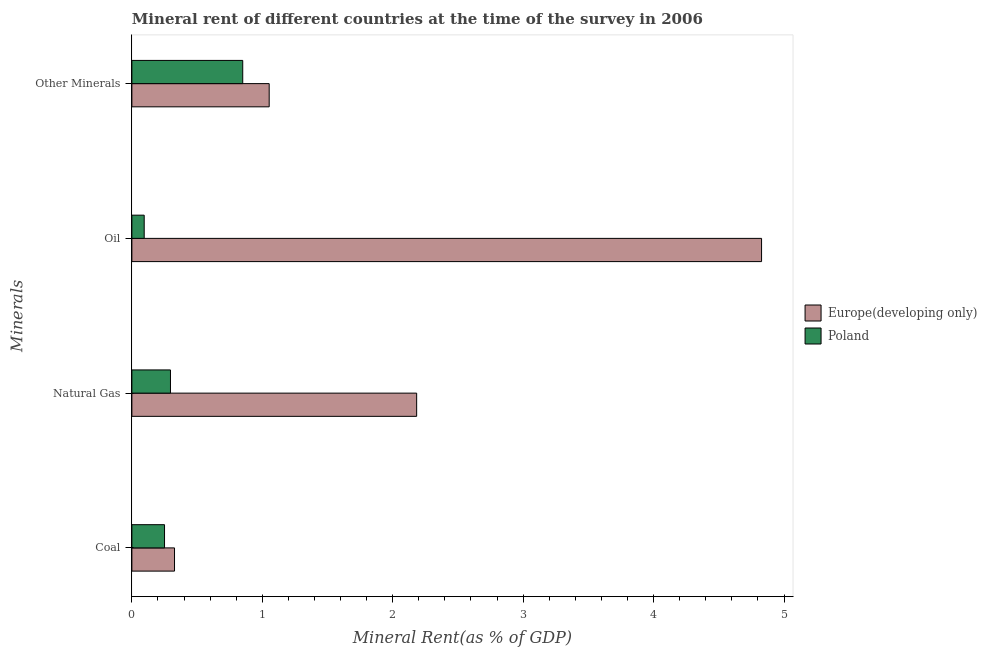
| Minerals | Europe(developing only) | Poland |
 | --- | --- | --- |
 | Coal | 0.327 | 0.25 |
 | Natural Gas | 2.18 | 0.296 |
 | Oil | 4.83 | 0.0945 |
 | Other Minerals | 1.05 | 0.85 |